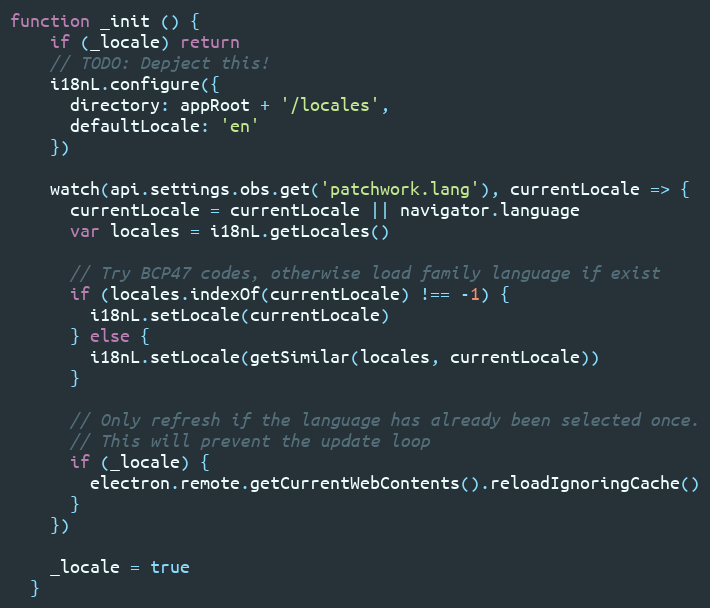
Language: JavaScript
function _init () {
    if (_locale) return
    // TODO: Depject this!
    i18nL.configure({
      directory: appRoot + '/locales',
      defaultLocale: 'en'
    })

    watch(api.settings.obs.get('patchwork.lang'), currentLocale => {
      currentLocale = currentLocale || navigator.language
      var locales = i18nL.getLocales()

      // Try BCP47 codes, otherwise load family language if exist
      if (locales.indexOf(currentLocale) !== -1) {
        i18nL.setLocale(currentLocale)
      } else {
        i18nL.setLocale(getSimilar(locales, currentLocale))
      }

      // Only refresh if the language has already been selected once.
      // This will prevent the update loop
      if (_locale) {
        electron.remote.getCurrentWebContents().reloadIgnoringCache()
      }
    })

    _locale = true
  }